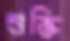
শুক্তি